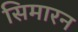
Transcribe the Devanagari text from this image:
सिमारन